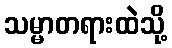
သမ္မာတရားထဲသို့